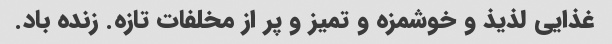
غذایی لذیذ و خوشمزه و تمیز و پر از مخلفات تازه. زنده باد.